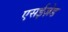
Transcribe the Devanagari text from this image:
एसईज़ेड